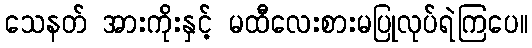
သေနတ် အားကိုးနှင့် မထီလေးစားမပြုလုပ်ရဲကြပေ။